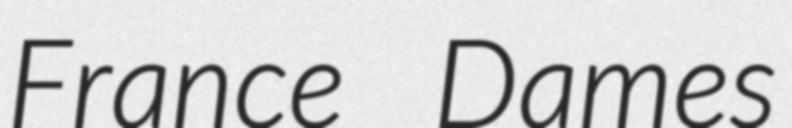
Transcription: France Dames